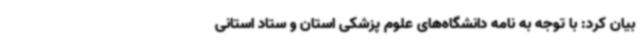
بیان کرد: با توجه به نامه دانشگاه‌های علوم پزشکی استان و ستاد استانی